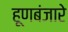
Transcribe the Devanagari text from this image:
हूणबंजारे